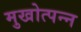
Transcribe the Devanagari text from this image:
मुखोत्पन्न